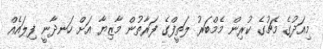
މިއަދުގެ މެޗުގެ ކުރިން މެމްބަރު ލަތީފްގެ ފަރާތުން މާޒިޔާ އަށް ހަނދާނީ ފިލައެއް